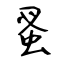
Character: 蚤